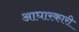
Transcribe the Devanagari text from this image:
आघारकारी